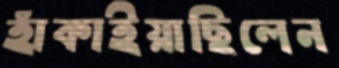
হাঁকাইয়াছিলেন